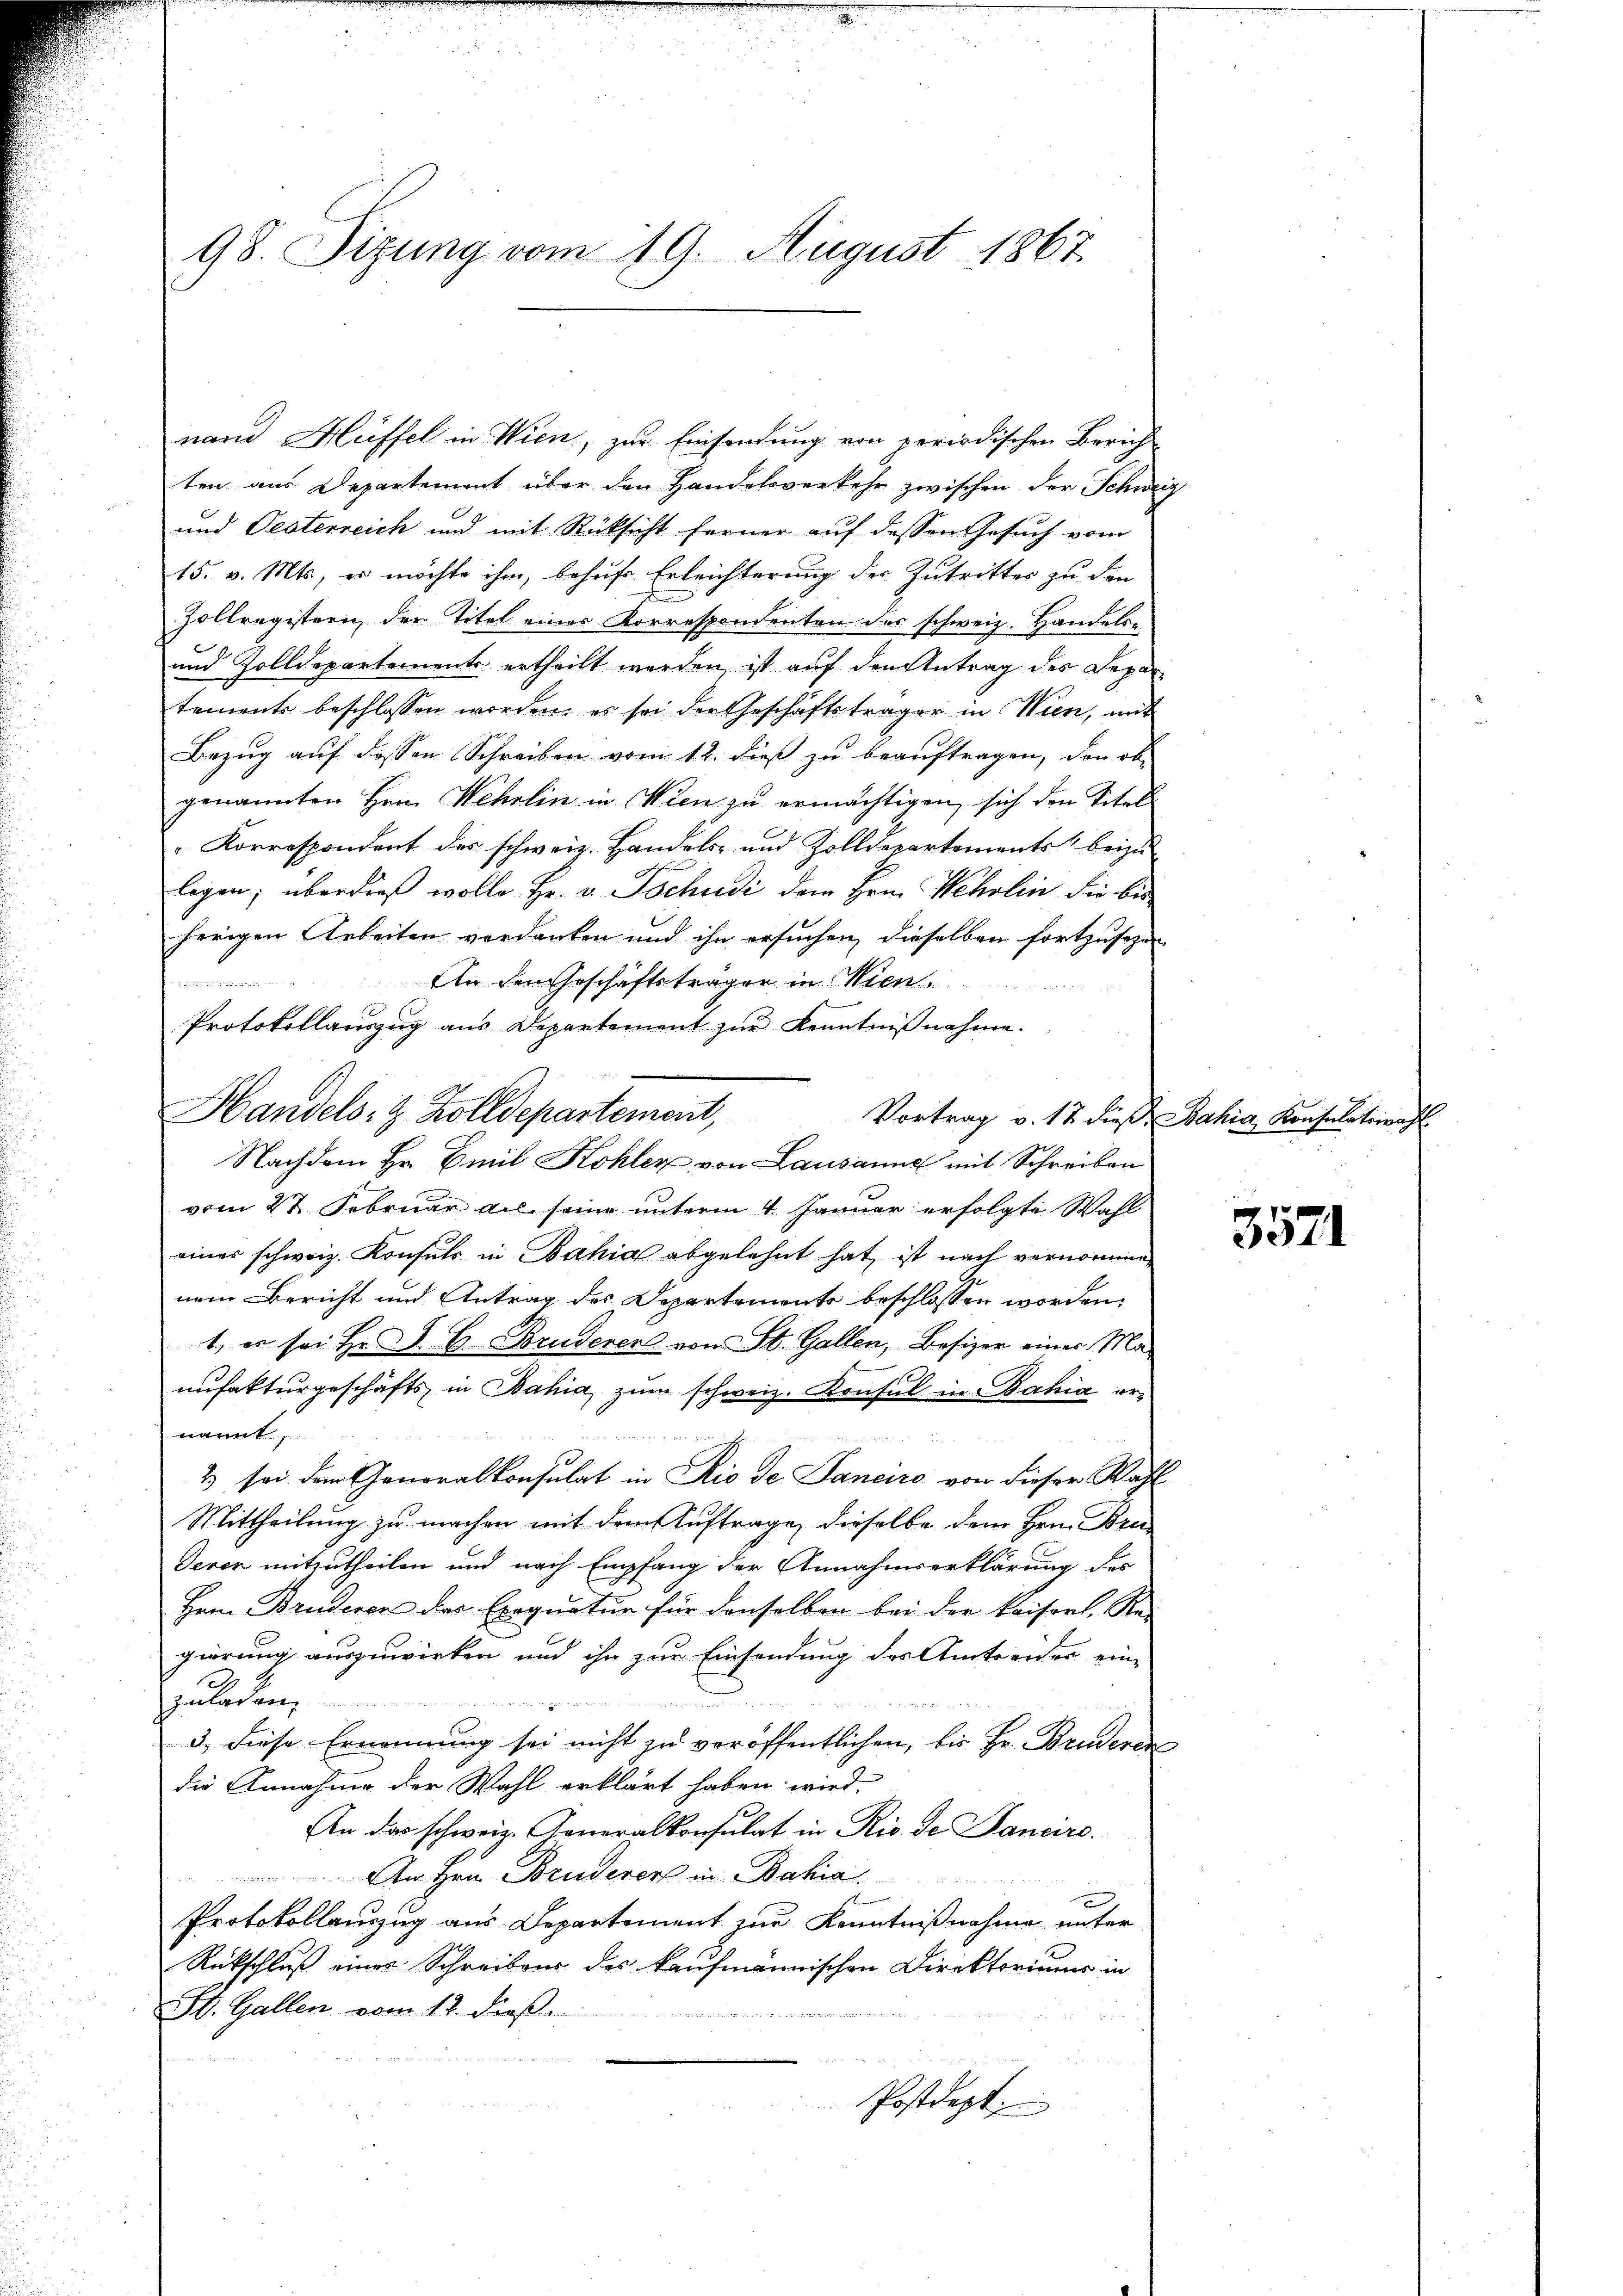
98. Sizung vom 19. August 1867.

nand Hüffel in Wien, zur Einsendung von periodischen Zürich-
ten aus Departement über den Handelsverkehr zwischen der Schweiz
und Pesterreich und mit Rücksicht ferner auf dessen Gesuch vom
15. v. Mts., er möchte ihm, behufe Erleichterung der Zutritter zu den
Zollregistern der Titel einer Korrespondenten der schweiz. Handels-
und Zolldepartements ertheilt werden ist auf den Antrag des Departements beschlossen worden, es sei der Geschäftsträger in Wien, mit
Bezug auf dessen Schreiben vom 12. dieß zu beauftragen, den ob
genannten Hrn. Wehrlin in Wien zu ermächtigen, sich den Titels
 Korrespondent des schweiz. Handels- und Zolldepartements beizu
ligen; überdieß wolle Hr. v. Tschudi dem Hrn. Wehrlin die bis
herigen Arbeiten verdanken und ihn ersuchen, dieselben fortzusehen
.
An den Geschäftsträger in Wien
Protokollauszug aus Departement zur Kenntnißnahme.
Handels- & Zolldepartement,
Vortrag v. 12 dieß Bahia Konsulateinah
Nachdem Hr. Emil Kohler von Lausanne mit Schreiben
vom 27. Februar all seine unterm 4. Januar erfolgte Wahl
eines schweiz. Konsuls in Bahia abgelehnt hat, ist nach vernommenem Bericht und Antrag des Departements beschlossen worden.
1., es sei Hr. P. G. Bruderen von St. Gallen, Besizer einer Maunfekturgeschäfts in Bahia zum schweiz. Konsul in Bahia ernannt,

2 sei dem Generalkonsulat in Rio de Janeiro von dieser Wahl
Mittheilung zu machen mit dem Auftrage, dieselbe dem Hrn. Brie
Jerer mitzutheilen und nach Empfang der Annahmserklärung des
Hrn. Bruderen des Exequatur für denselben bei der kaiserl. Re-
gierung auszuwirken und ihn zur Einsendung des Amtseider ein-
zuladen,
3., diese Ernennung sei nicht zu veröffentlichen, bis Hr. Bruderen
die Annahme der Wahl erklärt haben wird,
An das schweiz. Generalkonsulat in Rio de Janaro.
An Hrn. Brudenorf in Bahia
Protokollenzug aus Departement zur Kenntnißnahme unter
Rückschluß eines Schreibens des kaufmännischen Direktoriums in
St. Gallen vom 12. dieß
Postdept:

1
3574.